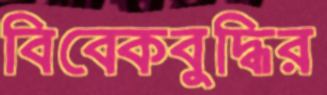
বিবেকবুদ্ধির